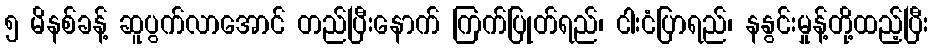
၅ မိနစ်ခန့် ဆူပွက်လာအောင် တည်ပြီးနောက် ကြက်ပြုတ်ရည်၊ ငါးငံပြာရည်၊ နနွင်းမှုန့်တို့ထည့်ပြီး